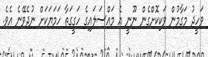
ވަހީދު މަގާމުން ވަކިކޮށްގެން ނޫނީ އެ މައްސަލައިގެ ހަގީގަތާ ހަމަޔަކަށް ނުދެވޭނެ އެވެ.